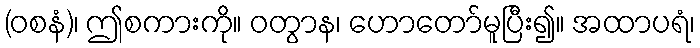
(ဝစနံ)၊ ဤစကားကို။ ဝတွာန၊ ဟောတော်မူပြီး၍။ အထာပရံ၊